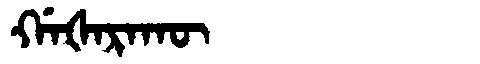
Manchu: ᡤᠠᡧᠠᡵᠠᡴᡡ
Romanization: GAŠARAKŪ